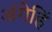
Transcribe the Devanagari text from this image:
अंगेहिँ